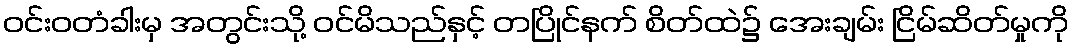
ဝင်းဝတံခါးမှ အတွင်းသို့ ဝင်မိသည်နှင့် တပြိုင်နက် စိတ်ထဲ၌ အေးချမ်း ငြိမ်ဆိတ်မှုကို